Annual administration report of the Civil Veterinary Department of India - 1894-1895
Year: 1894
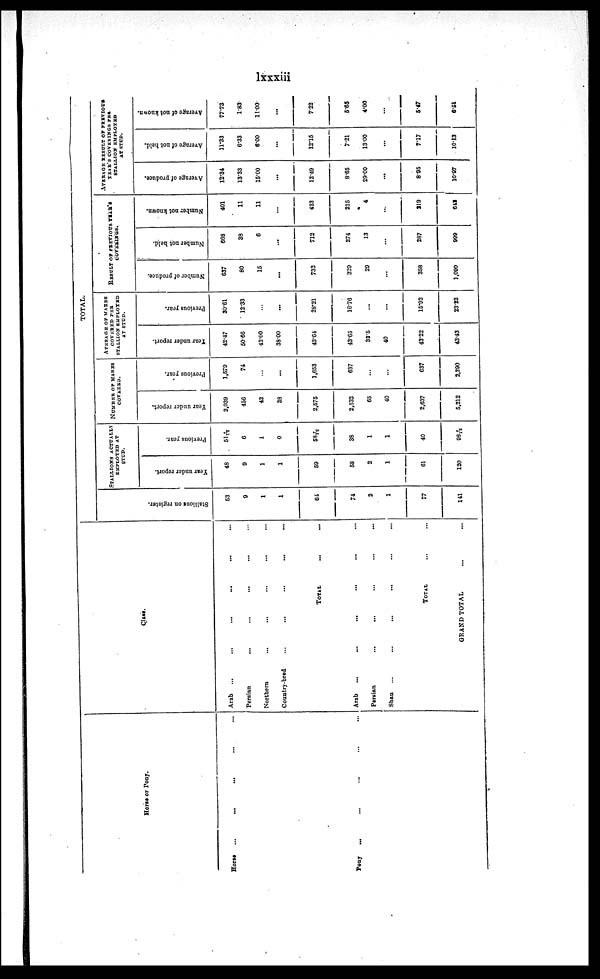
lxxxiii
Horse or Pony.
Horse
... ... .... ...
Pony ... ... ... ...
Class.
Arab
......
... ... ...
Persian... ... ... ...
Northern... ... ... ... ...
Country-bred...
...
...
...
...
...
TOTAL ...
Arab
......
...
...
...
Persian... ... ... ...
Shan ...... ... ... ...
TOTAL ...
GRAND TOTAL ... ...
TOTAL.
St al l
i
ons on register.
53
9
1
1
64
74
2
1
77
141
STALLIONS ACTUALLY
EMPLOYED AT
STUD.
Year under report.
48
9
1
1
59
58
2
1
61
120
Previous year.
51 1/12
6
1
0
58 1/12
38
1
1
40
98 1/12
NUMBER OF MARES
COVERED.
Year under report.
2,039
456
42
38
2,575
2,532
65
40
2,637
5,212
Pr evi ous year .
1,579
74
...
...
1,653
637
...
...
637
2,290
AVERAGE OF MARES
COVERED PER
STALLION EMPLOYED
AT STUD.
Year under report.
42.47
50.66
42.00
3800
43.64
43.65
32.5
40
43.22
43.43
Previous year.
30.61
12.33
...
...
28.21
16.76
...
...
15.92
23.82
RESULT OF PREVIOUS YEAR'S
COVERINGS.
Nu mb e r of produce.
637
80
15
...
732
329
29
...
358
1,090
Nu mb e r not hel d.
668
38
6
...
712
274
13
...
287
999
Nu mb e r not known.
401
11
11
...
423
215
4
...
219
642
AVERAGE RESULT OF PREVIOUS
YEAR'S COVERINGS PER
STALLION EMPLOYED
AT STUD.
Ave r
a ge of produce.
12.34
13.33
15.00
...
12.49
8.65
29.00
...
8.95
10.97
Aver age of not hel d.
11.33
6.33
6.00
...
12.15
7.21
13.00
...
7.17
10.13
Ave r
a ge of not known.
77.73
1.83
11.00
...
7.22
5.65
4.00
...
5.47
6.51